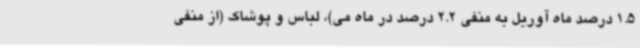
1.5 درصد ماه آوریل به منفی 2.2 درصد در ماه می)، لباس و پوشاک (از منفی